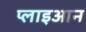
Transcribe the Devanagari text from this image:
प्लाइआन